Scottish Leaving Certificate Examination, 1954
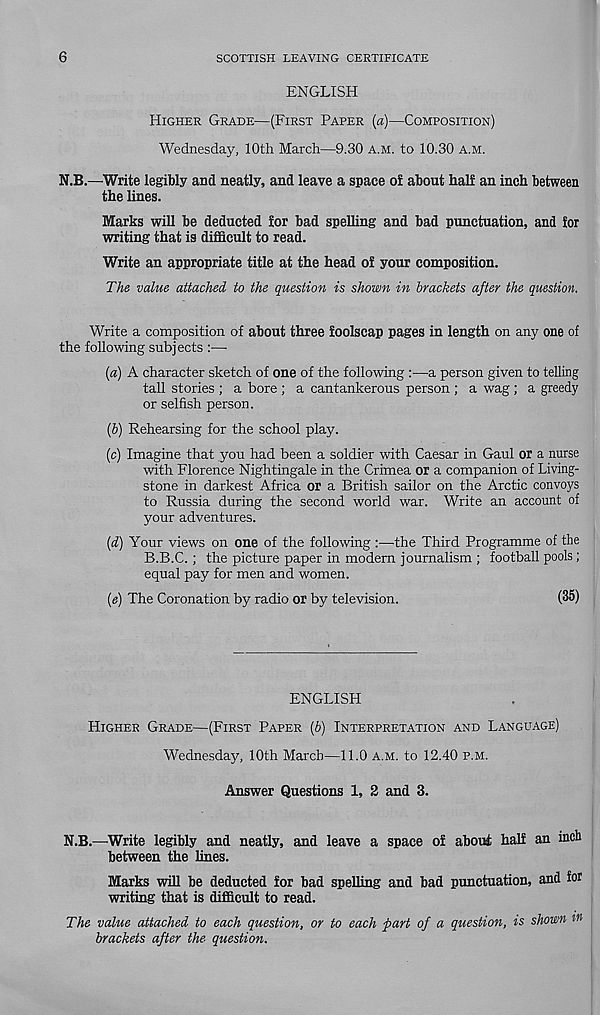
6
SCOTTISH LEAVING CERTIFICATE
ENGLISH
HIGHER GRADE—(FIRST PAPER (a)—COMPOSITION)
Wednesday, 10th March—9.30 A.M. to 10.30 A.M.
N.B.—Write legibly and neatly, and leave a space of about half an inch between
the lines.
Marks will be deducted for bad spelling and bad punctuation, and for
writing that is difficult to read.
Write an appropriate title at the head of your composition.
The value attached to the question is shown in brackets after the question.
Write a composition of about three foolscap pages in length on any one of
the following subjects :—■
[a) A character sketch of one of the following :—a person given to telling
tall stories ; a bore ; a cantankerous person ; a wag ; a greedy
or selfish person.
(&) Rehearsing for the school play.
(c) Imagine that you had been a soldier with Caesar in Gaul or a nurse
with Florence Nightingale in the Crimea or a companion of Living-
stone in darkest Africa or a British sailor on the Arctic convoys
to Russia during the second world war. Write an account of
your adventures.
(d) Your views on one of the following :•—the Third Programme of the
B.B.C. ; the picture paper in modem journalism ; football pools;
equal pay for men and women.
(e) The Coronation by radio or by television.
(35)
ENGLISH
HIGHER GRADE—(FIRST PAPER [b) INTERPRETATION AND LANGUAGE)
Wednesday, 10th March—11.0 A.M. to 12.40 P.M.
Answer Questions 1, 2 and 3.
N.B.—Write legibly and neatly, and leave a space of about half an incli
between the lines.
Marks will be deducted for bad spelling and bad punctuation, and for
writing that is difficult to read.
The value attached to each question, or to each part of a question, is shown W
brackets after the question.